Malaria in the Punjab - Number 46
Disease focus: Malaria
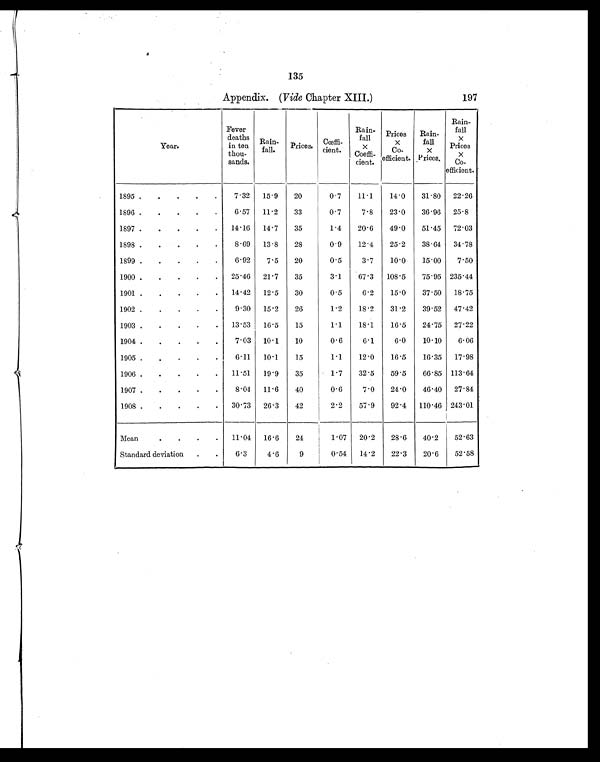
135
Appendix. ( Vide Chapter XIII.)
197
Year.
Fever
deaths
in ten
thou- s a n d s .
Rain-
fall.
Prices.
Coeffi-
cient.
Rain-
fall
x
Coeffi-cient.
Prices
x
Co- e f f i c i e n t .
Rain-
fall x
P r i c e s .
Rain-
fall
x
Prices
x
Co-
efficient.
1895 .
. . . .
7.32
15.9
20
0.7
11.1
14.0
31.80
22.26
1896 .
.
.
.
.
6.57
11.2
33
0.7
7.8
23.0
36.96
25.8
1897 .
.
.
.
.
14.16
14.7
35
1.4
20.6
49.0
51.45
72.03
1898 .
. . . .
8.69
13.8
28
0.9
12.4
25.2
38.64
34.78
1899 .
.
.
.
.
6.92
7.5
20
0.5
3.7
10.0
15.00
7.50
1900 .
. . . .
25.46
21.7
35
3.1
67.3
108.5
75.95 235.44
1901 .
.
.
.
.
14.42
12.5
30
0.5
6.2
15.0
37.50
18.75
1902 .
.
.
.
.
9.30
15.2
26
1.2
18.2
31.2
39.52
47.42
1903 .
.
.
.
.
13.53
16.5
15
1.1
18.1
16.5
24.75
27.22
1904 .
.
.
.
.
7.03
10.1
10
0.6
6.1
6.0
10.10
6.06
1905 .
.
.
.
.
6.11
10.1
15
1.1
12.0
16.5
16.35
17.98
1906 .
.
.
.
.
11.51
19.9
35
1.7
32.5
59.5
66.85 113.64
1907 .
.
.
.
.
8.04
11.6
40
0.6
7.0
24.0
46.40
27.84
1908 .
.
.
.
.
30.73
26.3
42
2.2
57.9
92.4
110.46 243.01
Mean
.
.
.
.
11.04
16.6
24
1.07
20.2
28.6
40.2
52.63
Standard deviation
. .
6.3
4.6
9
0.54
14.2
22.3
20.6
52.58